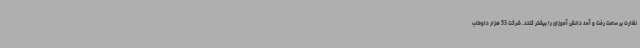
نظارت بر ساعت رفت و آمد دانش آموزان را بیشتر کنند. شرکت 53 هزار داوطلب